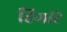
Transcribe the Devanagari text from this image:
हिमांटे